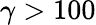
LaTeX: \gamma>100